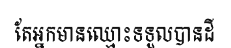
តែអ្នកមានឈ្មោះទទួលបានដី